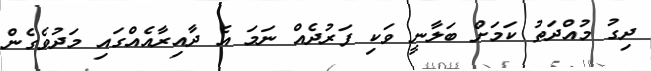
ދިގު މުއްދަތު ކަމަށް ބަލާނީ ވަކި ފަރުދެއް ނަމަ އެ ދާއިރާއެއްގައި މަދުވެގެން